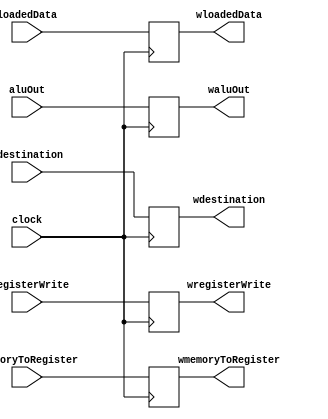
`timescale 1ns / 1ps
////////////////////////////////////////////////////////////////////////////////
// Module Name: Memory Access/Write Back
// Instruction Stage: Pipeline Register
//
// Description: Pipeline register between stages 4 and 5 of the datapath. Passes
//              through the output of the ALU, as well as the loaded information
//              from the data memory, and other control unit signals.
////////////////////////////////////////////////////////////////////////////////


module MEM_WB(
    // Inputs
    input clock,
    input mregisterWrite,
    input mmemoryToRegister,
    input [31:0] loadedData,
    input [31:0] aluOut,
    input [4:0] mdestination,
    // Outputs
    output reg wregisterWrite,
    output reg wmemoryToRegister,
    output reg [31:0] wloadedData,
    output reg [31:0] waluOut,
    output reg [4:0] wdestination
    );

    always @(posedge clock) begin
        // Assignments in register
        wregisterWrite <= mregisterWrite;
        wmemoryToRegister <= mmemoryToRegister;
        wloadedData <= loadedData;
        waluOut <= aluOut;
        wdestination <= mdestination;
    end
endmodule